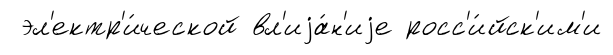
эл'ектр'и́ческой вл'иjа́н'иjе росс'и́йск'им'и